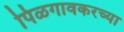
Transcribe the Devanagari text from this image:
पिळगावकरच्या